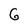
Character: 6